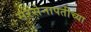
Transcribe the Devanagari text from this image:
सरसेनापतीच्या